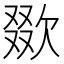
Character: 欼